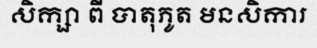
សិក្សា ពី បាតុភូត មនសិការ